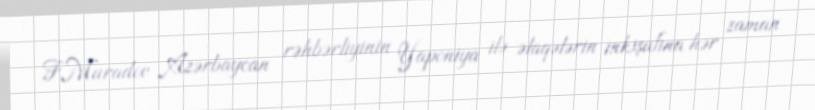
F.Muradov Azərbaycan rəhbərliyinin Yaponiya ilə əlaqələrin inkişafına hər zaman